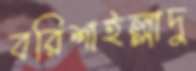
বরিশাইল্লাদু